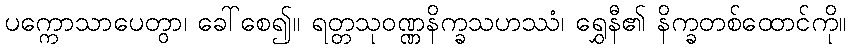
ပက္ကောသာပေတွာ၊ ခေါ်စေ၍။ ရတ္တသုဝဏ္ဏနိက္ခသဟဿံ၊ ရွှေနီ၏ နိက္ခတစ်ထောင်ကို။